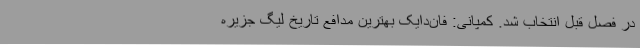
در فصل قبل انتخاب شد. کمپانی: فان‌دایک بهترین مدافع تاریخ لیگ جزیره